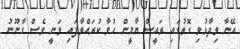
އޭނާ ވިދާޅުވި ގޮތުގައި ރައީސް ޔާމީން ހުވާ ކުރައްވާފައި ވަނީ ވެސް ގާނޫނު